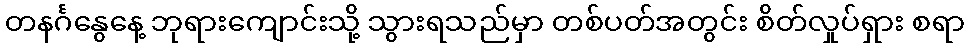
တနင်္ဂနွေနေ့ ဘုရားကျောင်းသို့ သွားရသည်မှာ တစ်ပတ်အတွင်း စိတ်လှုပ်ရှား စရာ